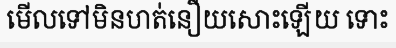
មើលទៅមិនហត់នឿយសោះឡើយ ទោះ